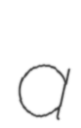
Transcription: a